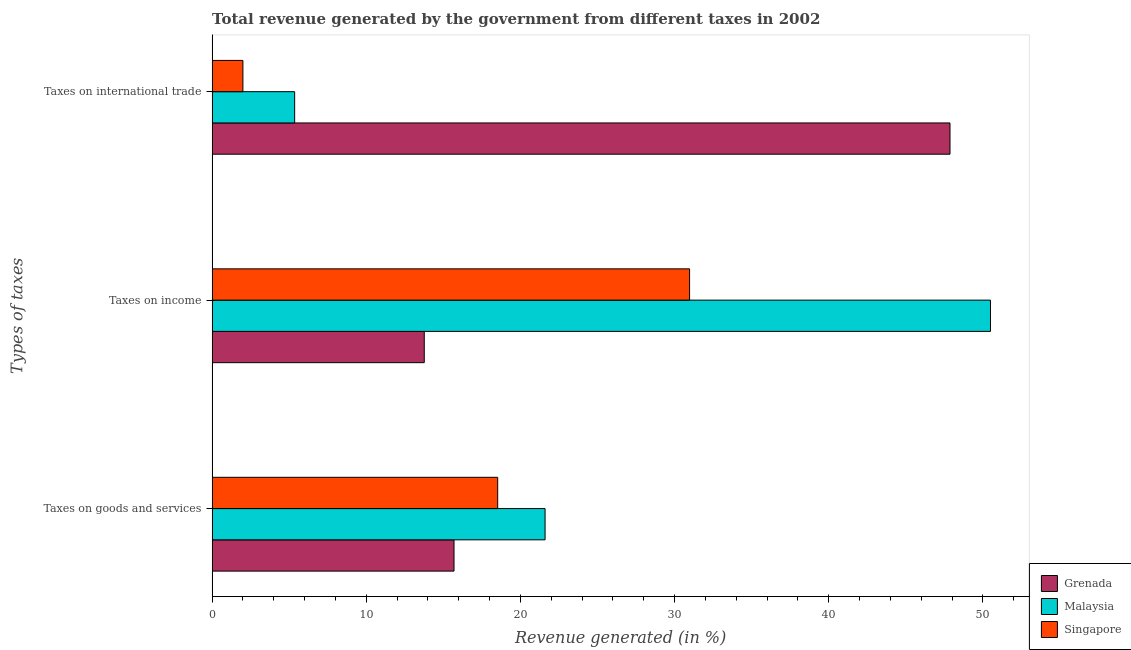
| Types of taxes | Grenada | Malaysia | Singapore |
 | --- | --- | --- | --- |
 | Taxes on goods and services | 15.7 | 21.6 | 18.5 |
 | Taxes on income | 13.8 | 50.5 | 31 |
 | Taxes on international trade | 47.9 | 5.35 | 2 |